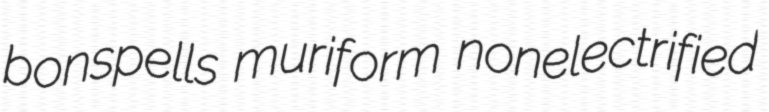
bonspells muriform nonelectrified